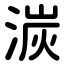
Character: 湠